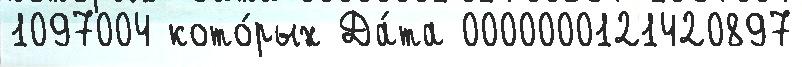
1097004 кото́рых Да́та 0000000121420897